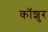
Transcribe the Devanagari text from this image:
कॉशुर